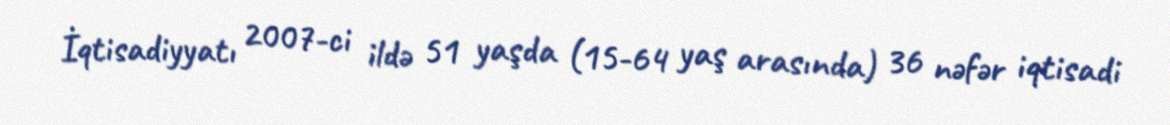
İqtisadiyyatı 2007-ci ildə 51 yaşda (15-64 yaş arasında) 36 nəfər iqtisadi